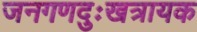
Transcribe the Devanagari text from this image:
जनगणदुःखत्रायक